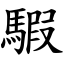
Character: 騢